Annual report on the health of the army in India
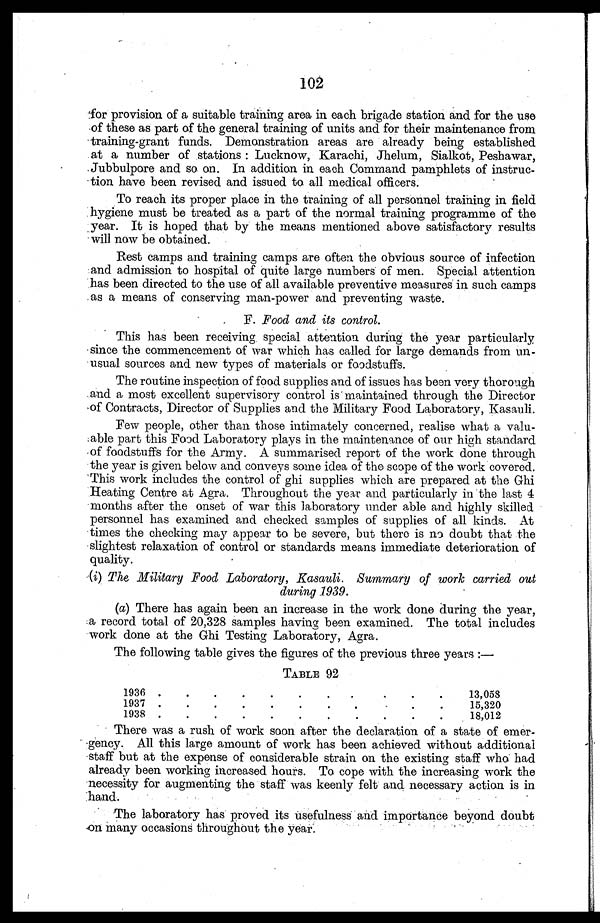
102
for provision of a suitable training area in each brigade station and for the use
of these as part of the general training of units and for their maintenance from
training-grant funds. Demonstration areas are already being established
at a number of stations : Lucknow, Karachi, Jhelum, Sialkot, Peshawar,
Jubbulpore and so on. In addition in each Command pamphlets of instruc
-tion have been revised and issued to all medical officers.
To reach its proper place in the training of all personnel training in field
hygiene must be treated as a part of the normal training programme of the
year. It is hoped that by the means mentioned above satisfactory results
will now be obtained.
Rest camps and training camps are often the obvious source of infection
and admission to hospital of quite large numbers of men. Special attention
has been directed to the use of all available preventive measures in such camps
as a means of conserving man-power and preventing waste.
F. Food and its control.
This has been receiving special attention during the year particularly
since the commencement of war which has called for large demands from un
- usual sources and new types of materials or foodstuffs.
The routine inspection of food supplies and of issues has been very thorough
and a most excellent supervisory control is maintained through the Director
of Contracts, Director of Supplies and the Military Food Laboratory, Kasauli.
Few people, other than those intimately concerned, realise what a valu
-able part this Food Laboratory plays in the maintenance of our high standard
of foodstuffs for the Army. A summarised report of the work done through
the year is given below and conveys some idea of the scope of the work covered.
This work includes the control of ghi supplies which are prepared at the Ghi
Heating Centre at Agra. Throughout the year and particularly in the last 4
months after the onset of war this laboratory under able and highly skilled
personnel has examined and checked samples of supplies of all kinds. At
times the checking may appear to be severe, but there is no doubt that the
slightest relaxation of control or standards means immediate deterioration of
quality.
(i) The Military Food Laboratory, Kasauli. Summary of work carried out
during 1939.
(a) There has again been an increase in the work done during the year,
a record total of 20,328 samples having been examined. The total includes
work done at the Ghi Testing Laboratory, Agra.
The following table gives the figures of the previous three years :—
TABLE 92
1936 . . .
13,058
1937 . . .
15,320
1938 . . .
18,012
There was a rush of work soon after the declaration of a state of emer
-gency. All this large amount of work has been achieved without additional
staff but at the expense of considerable strain on the existing staff who had
already been working increased hours. To cope with the increasing work the
necessity for augmenting the staff was keenly felt and necessary action is in
hand.
The laboratory has proved its usefulness and importance beyond doubt
on many occasions throughout the Year.